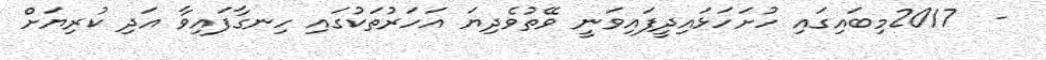
-  2017މިބައިގައި ހުށަހަޅައިދީފައިވަނީ ވޭތުވެދިޔަ އަހަރުތަކުގައި ހިނގާފައިވާ އަދި ކުރިޔަށް